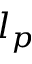
l _ { p }